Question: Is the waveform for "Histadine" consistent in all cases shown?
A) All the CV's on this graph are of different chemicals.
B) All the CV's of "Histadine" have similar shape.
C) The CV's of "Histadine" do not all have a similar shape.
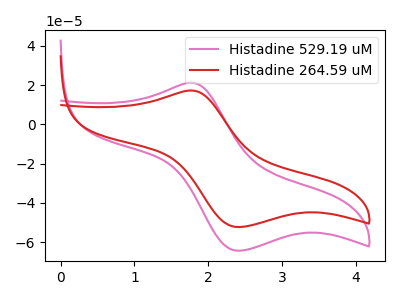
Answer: <think>The pink curve "Histadine 529.19 uM" has an anodic peak at (1.80V, 21.15uA) and a cathodic peak at (2.40V, -64.40uA). The red curve "Histadine 264.59 uM" has an anodic peak at (1.80V, 17.20uA) and a cathodic peak at (2.40V, -52.35uA).
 All the peaks in "Histadine 529.19 uM" have a peak in "Histadine 264.59 uM" at the same potential. Every peak in "Histadine 529.19 uM" is higher than every peak in "Histadine 264.59 uM".</think>
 <answer>B) All the CV's of "Histadine" have similar shape.</answer>
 <eval>B</eval>